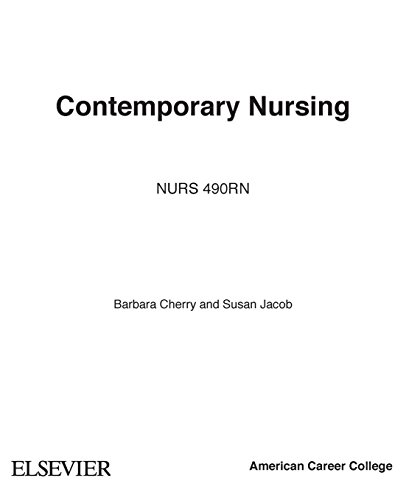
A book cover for Contemporary Nursing: Issues, Trends, & Management, 6e (Cherry, Contemporary Nursing); Barbara Cherry DNSc  MBA  RN  NEA-BC; Medical Books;